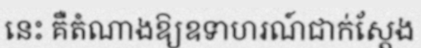
នេះ គឺតំណាងឱ្យឧទាហរណ៍ជាក់ស្តែង